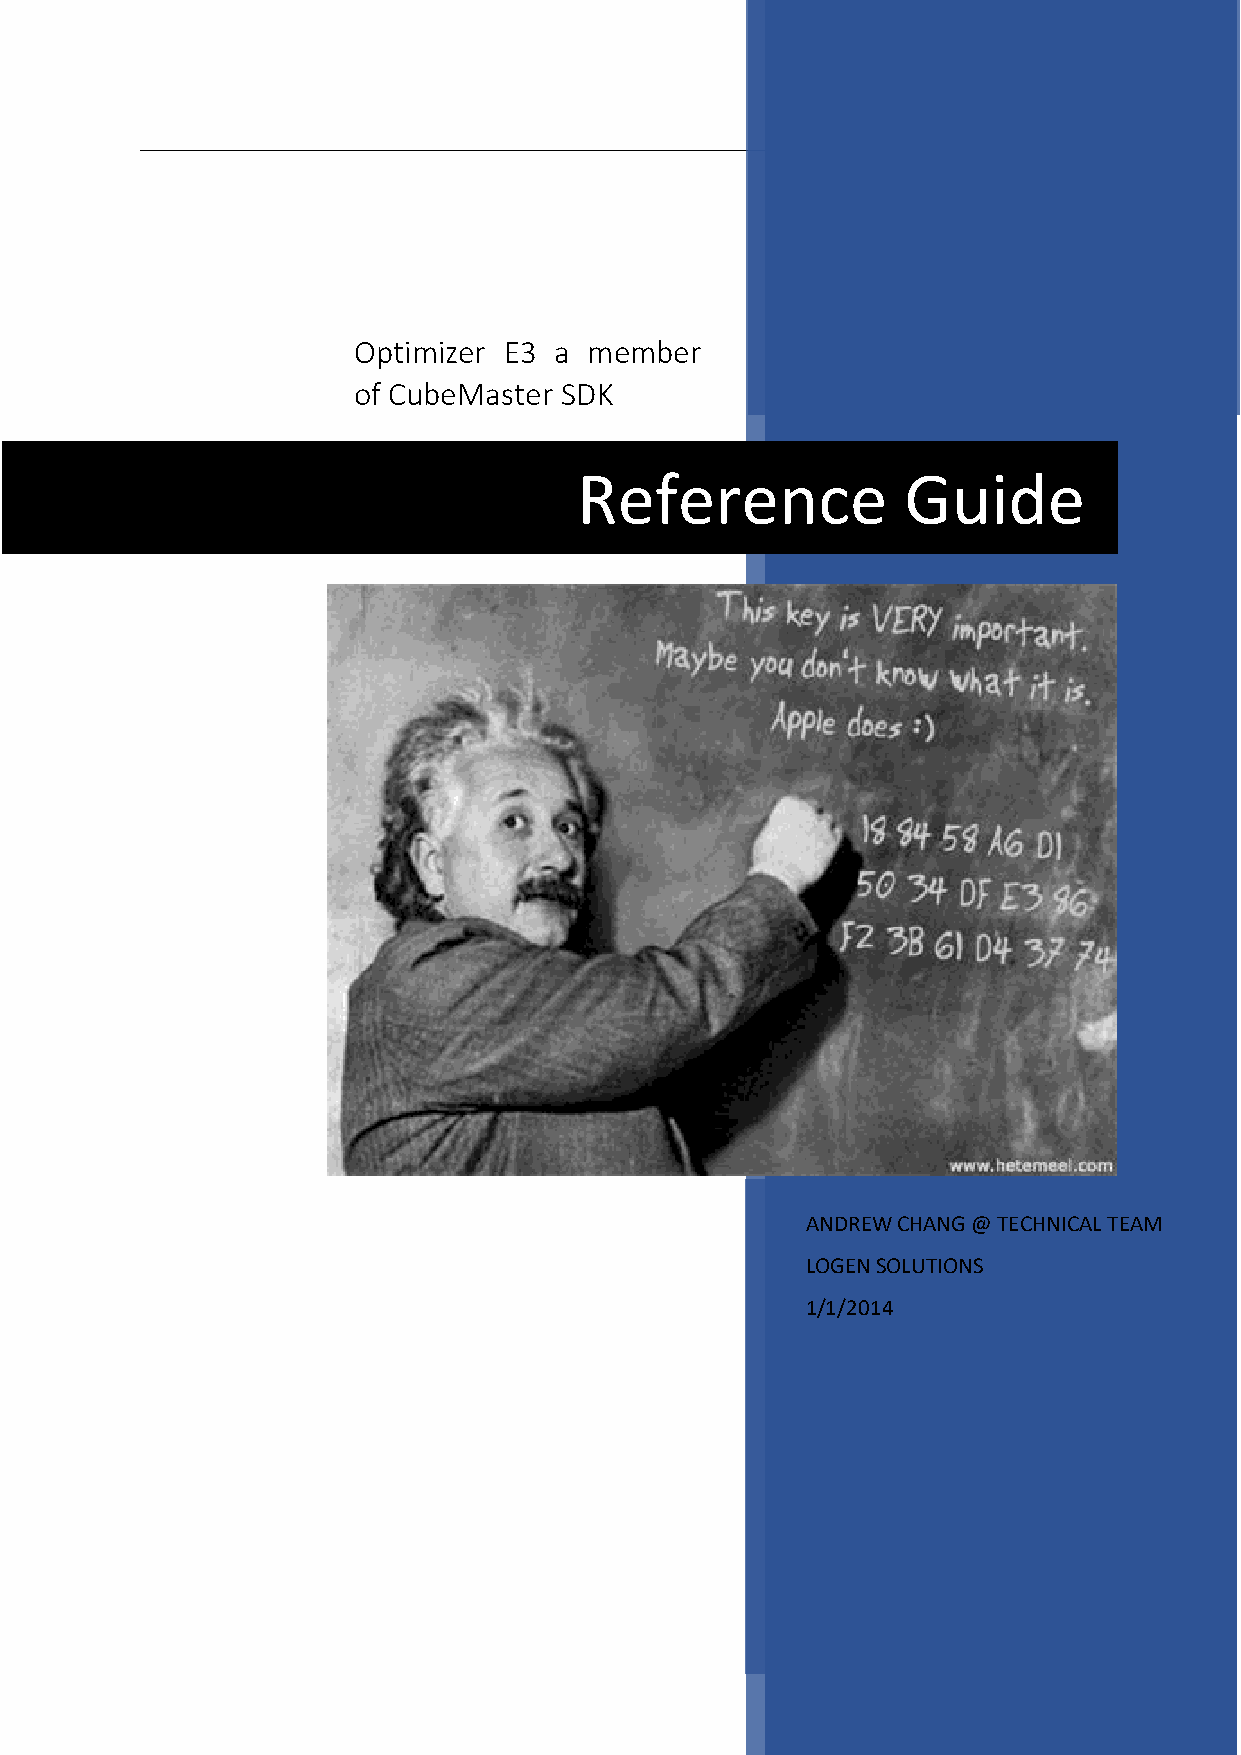
Optimizer E3  a member
 of CubeMaster SDK
 Reference             Guide
 ANDREW CHANG @ TECHNICAL TEAM
 LOGEN SOLUTIONS
 1/1/2014